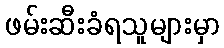
ဖမ်းဆီးခံရသူများမှာ